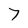
Character: 7